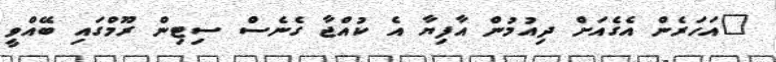
"އަހަރެން އެގެއަށް ދިއުމުން އާފިޔާ އެ ކުއްޖާ ގެނެސް ސިޓިން ރޫމްގައި ބޭއްވީ